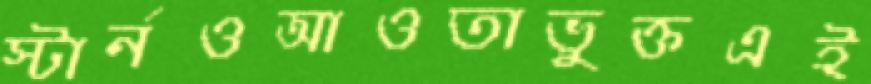
স্টার্নওআওতাভুক্তএই